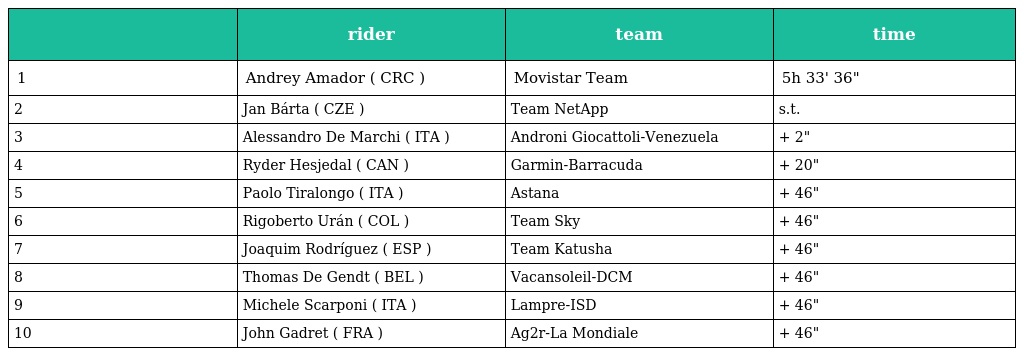
|  | rider | team | time |
 | --- | --- | --- | --- |
 | 1 | Andrey Amador ( CRC ) | Movistar Team | 5h 33' 36" |
 | 2 | Jan Bárta ( CZE ) | Team NetApp | s.t. |
 | 3 | Alessandro De Marchi ( ITA ) | Androni Giocattoli-Venezuela | + 2" |
 | 4 | Ryder Hesjedal ( CAN ) | Garmin-Barracuda | + 20" |
 | 5 | Paolo Tiralongo ( ITA ) | Astana | + 46" |
 | 6 | Rigoberto Urán ( COL ) | Team Sky | + 46" |
 | 7 | Joaquim Rodríguez ( ESP ) | Team Katusha | + 46" |
 | 8 | Thomas De Gendt ( BEL ) | Vacansoleil-DCM | + 46" |
 | 9 | Michele Scarponi ( ITA ) | Lampre-ISD | + 46" |
 | 10 | John Gadret ( FRA ) | Ag2r-La Mondiale | + 46" |